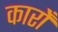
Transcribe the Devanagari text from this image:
कारोँ